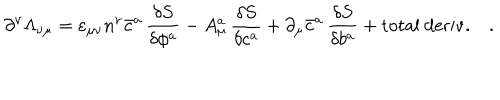
LaTeX: \partial ^ { \nu } \Lambda _ { \nu \mu } = \varepsilon _ { \mu \nu } n ^ { \nu } \bar { c } ^ { a } \, \frac { \delta S } { \delta \phi ^ { a } } - A _ { \mu } ^ { a } \, \frac { \delta S } { \delta c ^ { a } } + \partial _ { \mu } \bar { c } ^ { a } \, \frac { \delta S } { \delta b ^ { a } } + \mathrm { t o t a l ~ d e r i v . } \quad .